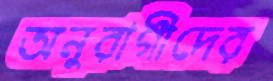
অনুরাগীদের